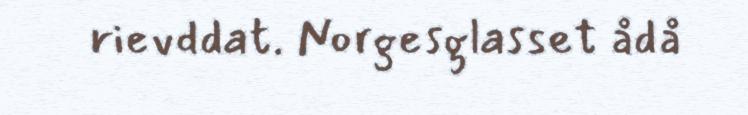
rievddat. Norgesglasset ådå